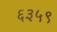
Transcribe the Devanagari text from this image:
६३५९